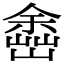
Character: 𡽚